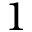
1